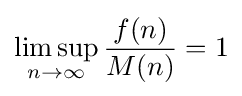
\limsup _{n\to \infty }{\frac {f(n)}{M(n)}}=1